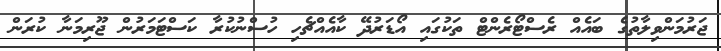
ޖަރުމަންވިލާތުގެ ބައެއް ރެސްޓޯރެންޓް ތަކުގައި އޯޑަރުދޭ ކާއެއްޗެހި ހުސްނުކުރާ ކަސްޓަމަރުން ޖޫރިމަނާ ކުރަން